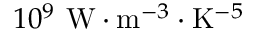
1 0 ^ { 9 } \ \mathrm { W } \cdot \mathrm { m } ^ { - 3 } \cdot \mathrm { K } ^ { - 5 }